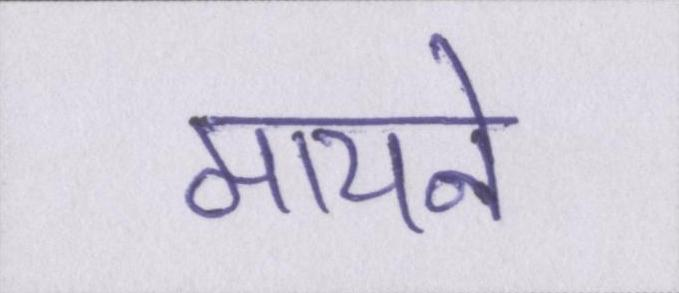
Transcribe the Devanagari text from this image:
मायने